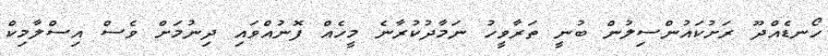
ހޯނޑެއްދޫ ރަށުކައުންސިލުން ބުނީ ތަރާވީހު ނަމާދުކުރާނެ މީހެއް ފޮނުއްވައި ދިނުމަށް ވެސް އިސްލާމިކް